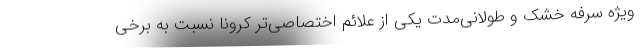
ویژه سرفه خشک و طولانی‌مدت یکی از علائم اختصاصی‌تر کرونا نسبت به برخی